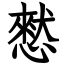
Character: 憖